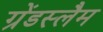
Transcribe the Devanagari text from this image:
ग्रेंडस्लैम